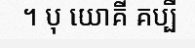
។ បុ យោគី គប្បី